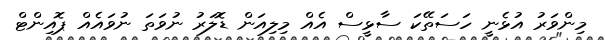
މިންވަރު އުޅެނީ ހަސަތޭކަ ސާޅީސް އެއް މިލިއަން ޑޮލަރު ނުވަތަ ނުވައެއް ޕޮއިންޓް